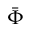
\Bar { \Phi }